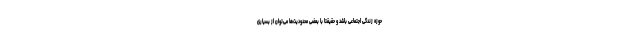
حوزه زندگی اجتماعی باشد و حقیقتاً با بعضی محدودیت‌ها می‌توان از بسیاری